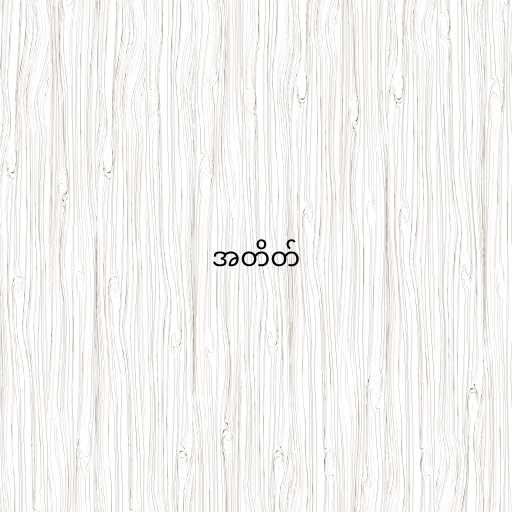
အတိတ်